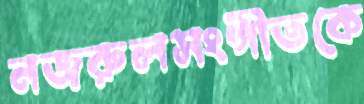
নজরুলসংগীতকে